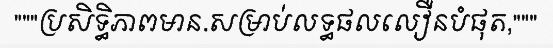
"""ប្រសិទ្ធិភាពមាន.សម្រាប់លទ្ធផលលឿនបំផុត,"""